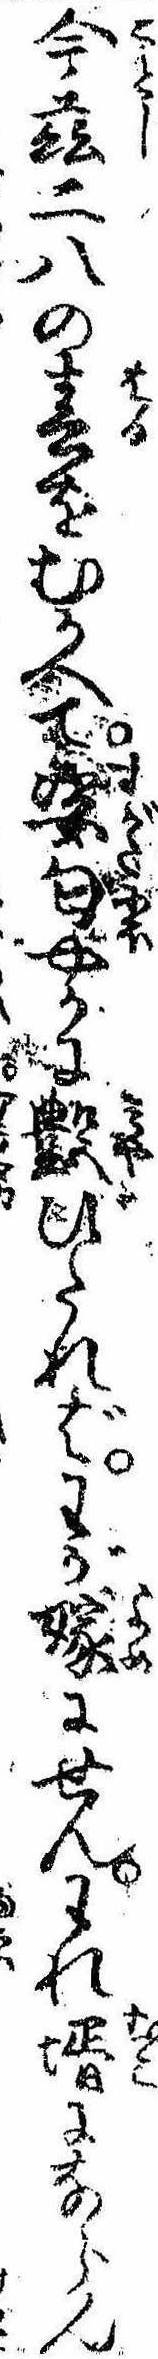
今茲二八の春をむかへて姿匂やかに艶びたればわが嫁にせんわれ婿にならん